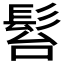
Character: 𩬠